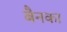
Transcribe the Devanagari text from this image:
बैनका